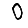
Digit: 0